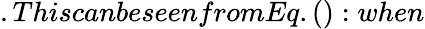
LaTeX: .ThiscanbeseenfromEq.():when